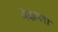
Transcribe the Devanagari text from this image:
मेदाम्ला